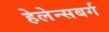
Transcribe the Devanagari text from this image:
हेलेन्सबर्ग